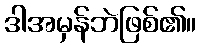
ဒါအမှန်ဘဲဖြစ်၏။